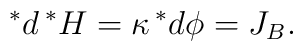
\,^{*}d\,^{*}H=\kappa \,^{*}d\phi = J_B  .